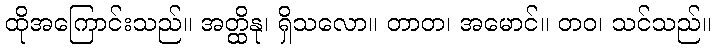
ထိုအကြောင်းသည်။ အတ္ထိနု၊ ရှိသလော။ တာတ၊ အမောင်။ တဝ၊ သင်သည်။